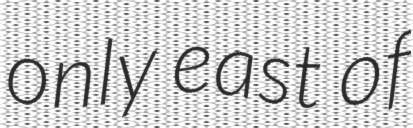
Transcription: only east of